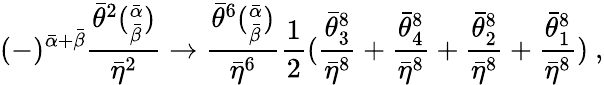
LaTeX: (-)^{{\bar{\alpha}}+{\bar{\beta}}}\frac{{\bar{\theta}}^{2}(_{\bar{\beta}}^{\bar{\alpha}})}{{\bar{\eta}}^{2}}\rightarrow\frac{{\bar{\theta}}^{6}(_{\bar{\beta}}^{\bar{\alpha}})}{{\bar{\eta}}^{6}}{\frac{1}{2}}(\frac{{\bar{\theta}}_{3}^{8}}{{\bar{\eta}}^{8}}+\frac{{\bar{\theta}}_{4}^{8}}{{\bar{\eta}}^{8}}+\frac{{\bar{\theta}}_{2}^{8}}{{\bar{\eta}}^{8}}+\frac{{\bar{\theta}}_{1}^{8}}{{\bar{\eta}}^{8}})\ ,